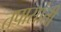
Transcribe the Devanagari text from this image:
तपासांती